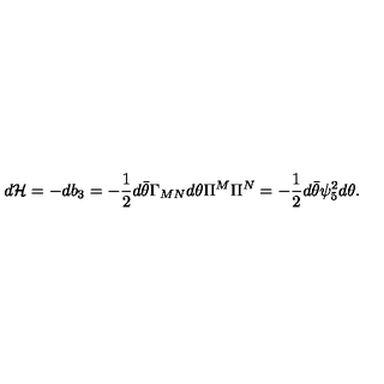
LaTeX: d { \cal H } = - d b _ { 3 } = - { \frac { 1 } { 2 } } d \bar { \theta } \Gamma _ { M N } d \theta \Pi ^ { M } \Pi ^ { N } = - { \frac { 1 } { 2 } } d \bar { \theta } \psi _ { 5 } ^ { 2 } d \theta .